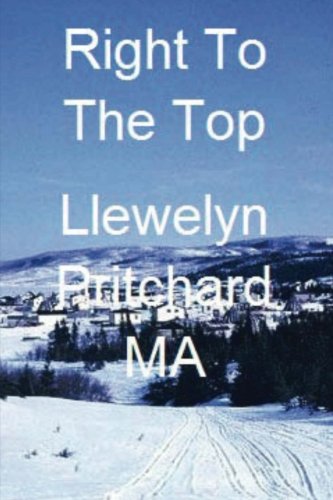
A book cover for Right to the Top (Port Hope Simpson Mysteries) (Volume 7) (Russian Edition); Llewelyn Pritchard MA; Teen & Young Adult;